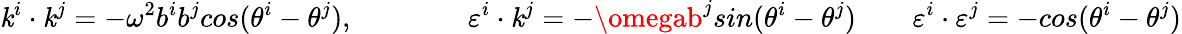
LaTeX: \mathit{k}^{i}\cdot\mathit{k}^{j}=-\omega^{2}b^{i}b^{j}cos(\theta^{i}-\theta^{j}),\qquad\qquad\varepsilon^{i}\cdot\mathit{k}^{j}=-\omegab^{j}sin(\theta^{i}-\theta^{j})\qquad\varepsilon^{i}\cdot\varepsilon^{j}=-cos(\theta^{i}-\theta^{j})